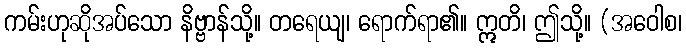
ကမ်းဟုဆိုအပ်သော နိဗ္ဗာန်သို့။ တရေယျ၊ ရောက်ရာ၏။ ဣတိ၊ ဤသို့။ (အဝေါစ၊